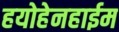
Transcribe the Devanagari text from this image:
हयोहेनहाईम